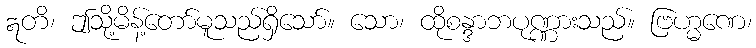
ဣတိ၊ ဤသို့မိန့်တော်မူသည်ရှိသော်။ သော၊ ထိုစန္ဒာဘပုဏ္ဏားသည်။ ဗြဟ္မဏေ၊